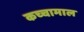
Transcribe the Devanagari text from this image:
कच्‍चामाल